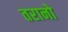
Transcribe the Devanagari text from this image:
तरानो